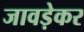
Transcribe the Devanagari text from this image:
जावड़ेकर